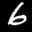
Label: 6